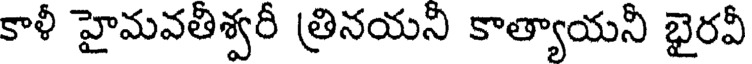
కాళీ హైమవతిశ్వరీ త్రినయని కాత్యాయనీ భైరవీ